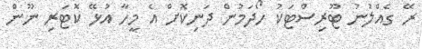
ރޭ ގެއްލުނު ޓޫރިސްޓަކު ހޯދަމުން ދަނިކޮށް އެ މީހާ އުޅޭ ކޮޓަރި ނޫން